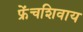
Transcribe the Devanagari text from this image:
फ्रेंचशिवाय